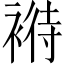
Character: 𧛶